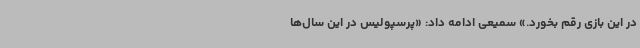
در این بازی رقم بخورد.» سمیعی ادامه داد: «پرسپولیس در این سال‌ها